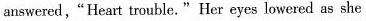
answered, “Heart trouble.” Her eyes lowered as she